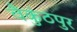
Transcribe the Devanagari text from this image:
वैकुंठपुर